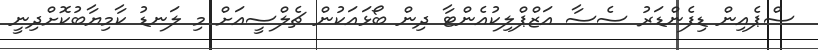
ސްޕެއިން ޑިފެންޑަރު ސެސާ އަޒްޕްލިކުއެންޓާ ދިން ބޯޅައަކުން ޗެލްސީއަށް މި ލަނޑު ކާމިޔާބުކޮށްދިނީ